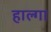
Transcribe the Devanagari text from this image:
हाल्गा